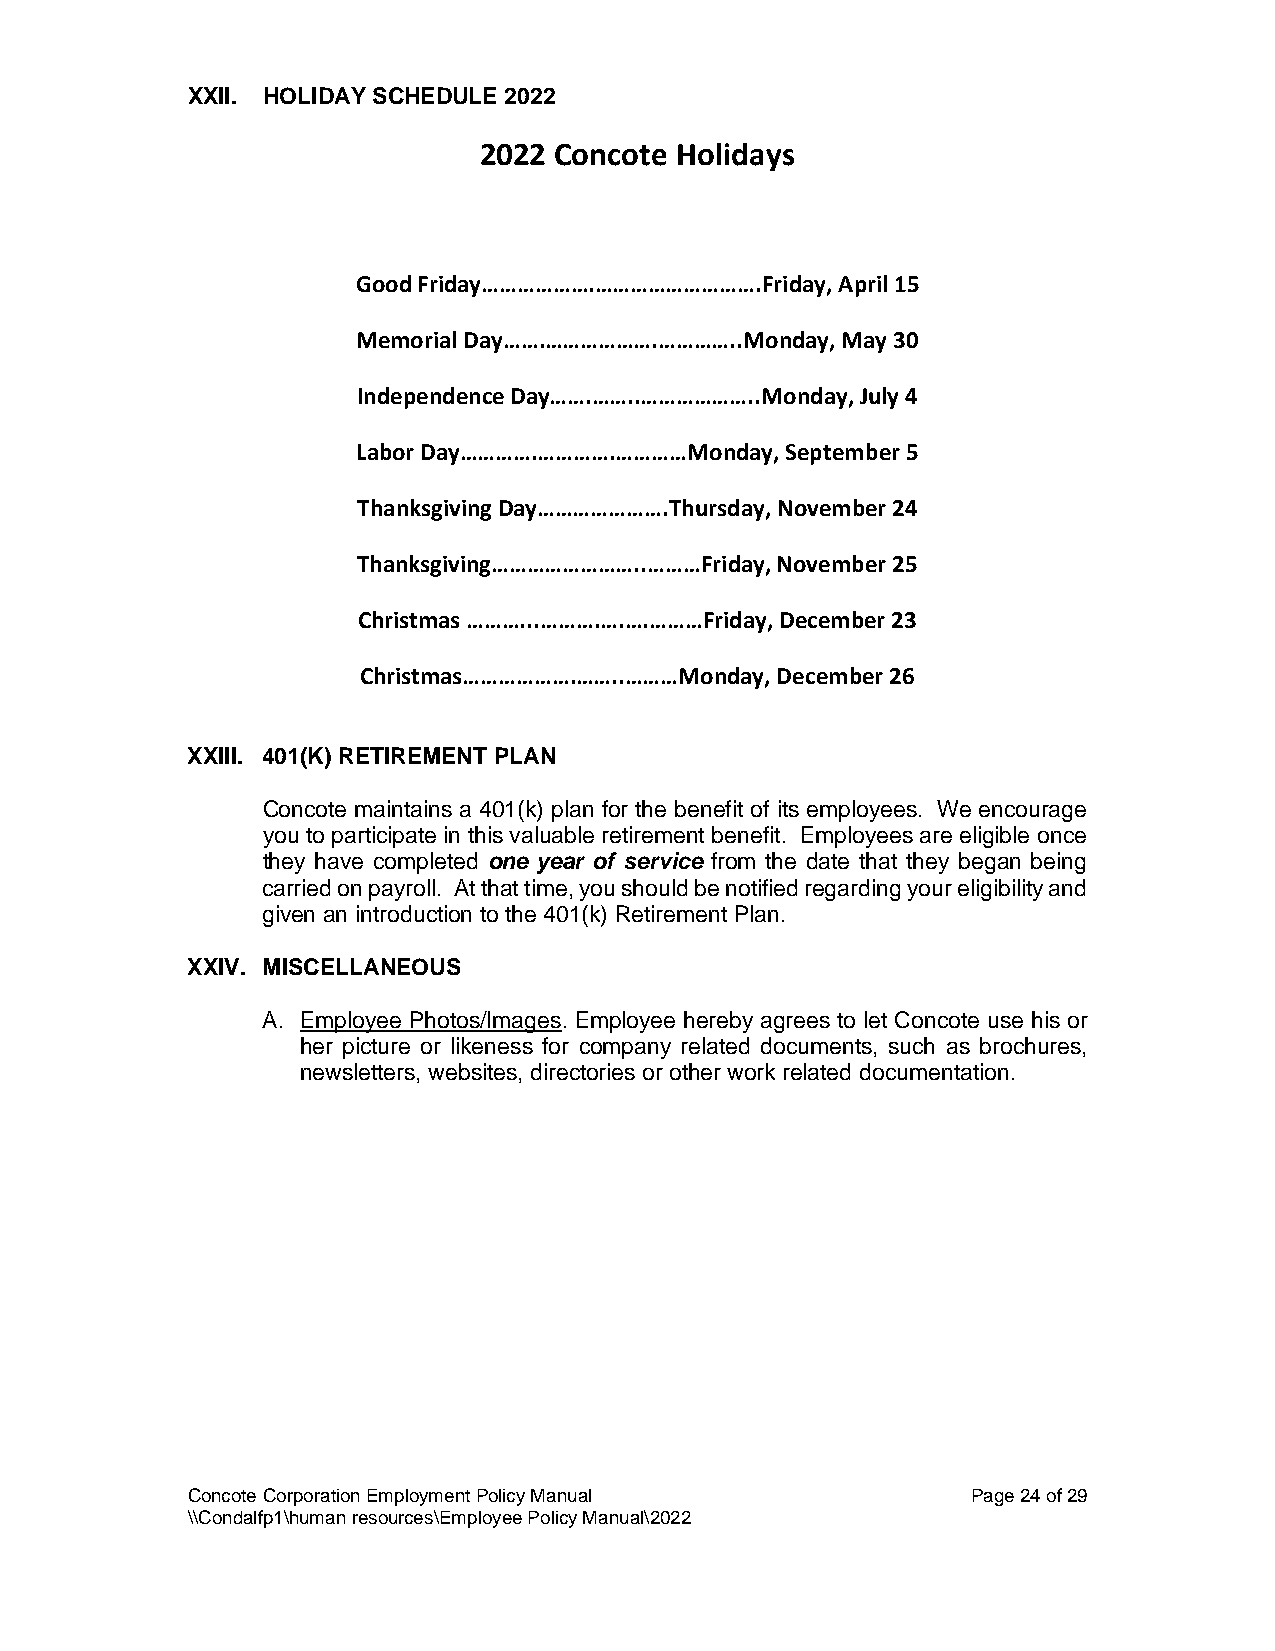
XXII. HOLIDAY SCHEDULE 2022
 2022 Concote Holidays
 Good Friday……………….……………………….Friday, April 15
 Memorial Day…….……………….…………..Monday, May 30
 Independence Day…….……..………………..Monday, July 4
 Labor Day………….………….…………Monday, September 5
 Thanksgiving Day………………….Thursday, November 24
 Thanksgiving……………………..………Friday, November 25
 Christmas ………...……….….….………Friday, December 23
 Christmas……………….……..………Monday, December 26
 XXIII. 401(K) RETIREMENT PLAN
 Concote maintains a 401(k) plan for the benefit of its employees. We encourage
 you to participate in this valuable retirement benefit. Employees are eligible once
 they have completed one year of service from the date that they began being
 carried on payroll. At that time, you should be notified regarding your eligibility and
 given an introduction to the 401(k) Retirement Plan.
 XXIV. MISCELLANEOUS
 A. Employee Photos/Images. Employee hereby agrees to let Concote use his or
 her picture or likeness for company related documents, such as brochures,
 newsletters, websites, directories or other work related documentation.
 Concote Corporation Employment Policy Manual        Page 24 of 29
 \\Condalfp1\human resources\Employee Policy Manual\2022